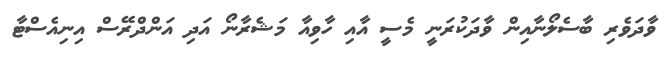
ވާދަވެރި ބާސެލޯނާއިން ވާދަކުރަނީ މެސީ އާއި ހާވިއާ މަޝެރާނޯ އަދި އަންދްރޭސް އިނިއެސްޓާ